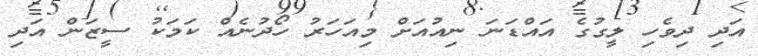
އަދި ދިވެހި ލީގުގެ އައްޑަނަ ނިއުއަށް މިއަހަރު ހޯދުނެއް ކަމަކު ސީޒަން އަދި